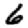
Digit: 6